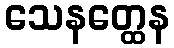
သေနတ္ထေန